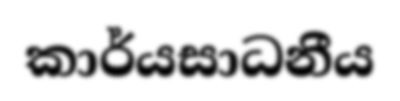
කාර්යසාධනීය